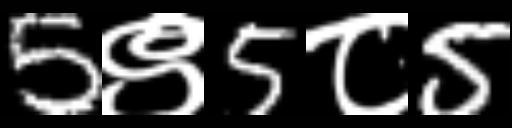
Text: 5९5८5